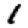
Digit: 1